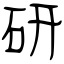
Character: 研